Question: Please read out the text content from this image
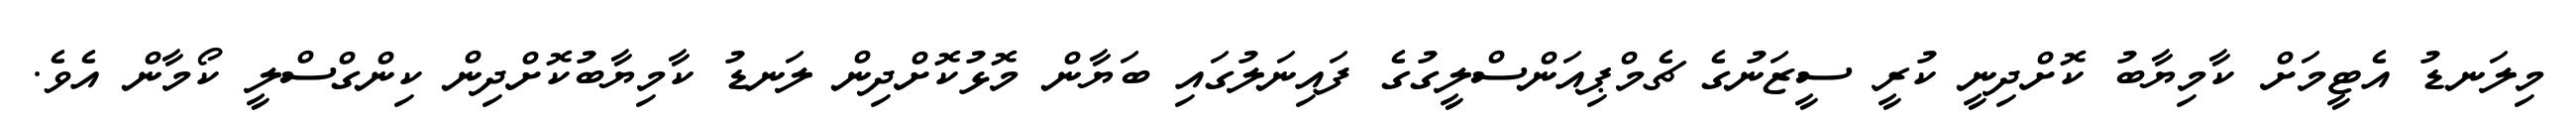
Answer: މިލަނޑު އެޓީމަށް ކާމިޔާބު ކޮށްދިނީ ކުރީ ސީޒަނުގެ ޗެމްޕިއަންސްލީގުގެ ފައިނަލުގައި ބަޔާން މޮޅުކޮށްދިން ލަނޑު ކާމިޔާބުކޮށްދިން ކިންގްސްލީ ކޯމާން އެވެ.